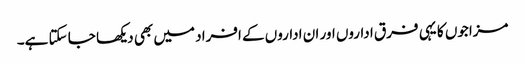
مزاجوں کا یہی فرق اداروں اور ان اداروں کے افراد میں بھی دیکھا جا سکتا ہے۔